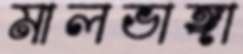
মালভাঙ্গা